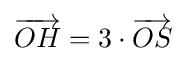
{\overrightarrow {OH}}=3\cdot {\overrightarrow {OS}}